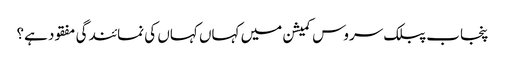
پنجاب پبلک سروس کمیشن میں کہاں کہاں کی نمائندگی مفقود ہے؟